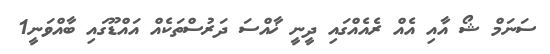
ސަނަމް ޝޯ އާއި އެއް ރެއެއްގައި ދީނީ ޚާއްސަ ދަރުސްތަކެއް އައްޑޫގައި ބާއްވަނީ1